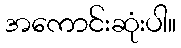
အကောင်းဆုံးပါ။